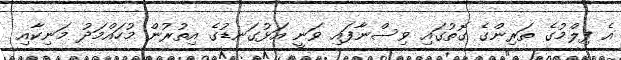
އެ ފިލްމުގެ ތަރިންގެ ގޮތުގައި ވިސްނާފައި ވަނީ އަޅުގަނޑުގެ އިތުރުން މުހައްމަދު މަނިކާއި